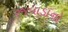
રજવાડાનો